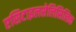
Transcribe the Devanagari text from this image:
एसिटाइलसेलिसिलिक